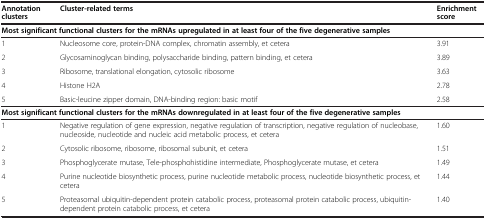
| Annotation clusters | Cluster-related terms | Enrichment score |
 | --- | --- | --- |
 | <COLSPAN=3> Most significant functional clusters for the mRNAs upregulated in at least four of the five degenerative samples |
 | 1 | Nucleosome core, protein-DNA complex, chromatin assembly, et cetera | 3.91 |
 | 2 | Glycosaminoglycan binding, polysaccharide binding, pattern binding, et cetera | 3.89 |
 | 3 | Ribosome, translational elongation, cytosolic ribosome | 3.63 |
 | 4 | Histone H2A | 2.78 |
 | 5 | Basic-leucine zipper domain, DNA-binding region: basic motif | 2.58 |
 | <COLSPAN=3> Most significant functional clusters for the mRNAs downregulated in at least four of the five degenerative samples |
 | 1 | Negative regulation of gene expression, negative regulation of transcription, negative regulation of nucleobase, nucleoside, nucleotide and nucleic acid metabolic process, et cetera | 1.60 |
 | 2 | Cytosolic ribosome, ribosome, ribosomal subunit, et cetera | 1.51 |
 | 3 | Phosphoglycerate mutase, Tele-phosphohistidine intermediate, Phosphoglycerate mutase, et cetera | 1.49 |
 | 4 | Purine nucleotide biosynthetic process, purine nucleotide metabolic process, nucleotide biosynthetic process, et cetera | 1.44 |
 | 5 | Proteasomal ubiquitin-dependent protein catabolic process, proteasomal protein catabolic process, ubiquitin-dependent protein catabolic process, et cetera | 1.40 |